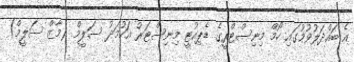
އެ ބައްދަލުވުމުގައި ހޯމް މިނިސްޓްރީގެ ޑެޕިއުޓީ މިނިސްޓަރު އަހުމަދު ސަލީމް (މާޒް ސަލީމް)